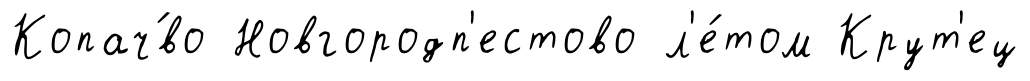
Копач́во Новгородп'естово л'е́том Крут'ец